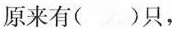
原来有( )只，